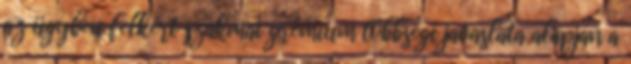
az ügyben felkért szakmai grémium többségi javaslata alapján a